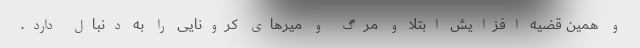
و همین قضیه افزایش ابتلا و مرگ و میرهای کرونایی را به دنبال دارد.